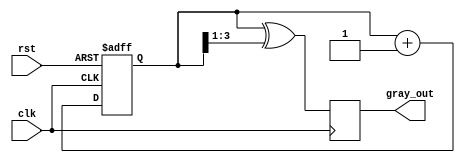
module gray_code_counter (
    input wire clk,           // Clock signal
    input wire rst,           // Asynchronous reset
    output reg [n-1:0] gray_out // Gray code output
);
    parameter n = 4; // Number of bits for the counter

    reg [n-1:0] bin_count; // Internal binary counter

    // Binary to Gray code conversion
    function [n-1:0] bin_to_gray;
        input [n-1:0] bin;
        begin
            bin_to_gray = bin ^ (bin >> 1);
        end
    endfunction

    // Sequential logic for counting
    always @(posedge clk or posedge rst) begin
        if (rst) begin
            bin_count <= 0; // Reset binary counter
        end else begin
            bin_count <= bin_count + 1; // Increment binary counter
        end
    end

    // Update gray code output
    always @(posedge clk) begin
        gray_out <= bin_to_gray(bin_count); // Convert binary to Gray code
    end
endmodule